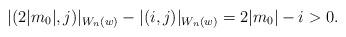
LaTeX: \begin{align*}\lvert (2\lvert m_0\rvert,j)\rvert_{W_n(w)}-\lvert (i,j)\rvert_{W_n(w)}=2\lvert m_0\rvert-i>0.\end{align*}